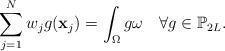
LaTeX: \begin{align*}\sum\limits_{j=1}^Nw_jg(\mathbf{x}_j)=\int_{\Omega}g\omega\quad\forall g\in\mathbb{P}_{2L}.\end{align*}